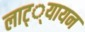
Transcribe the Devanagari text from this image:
लाट््यायन